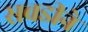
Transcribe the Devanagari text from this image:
सवडीने